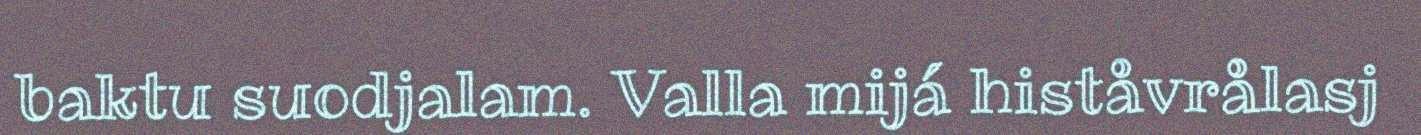
baktu suodjalam. Valla mijá histåvrålasj